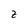
Character: Z